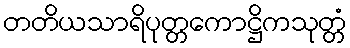
တတိယသာရိပုတ္တကောဋ္ဌိကသုတ္တံ